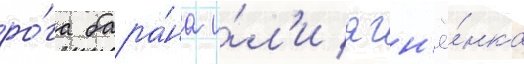
ро́га бара́на и́л'и ягн'ё́нка